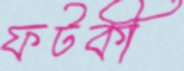
ফটকী